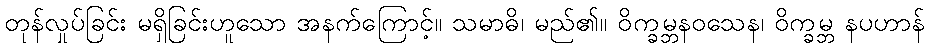
တုန်လှုပ်ခြင်း မရှိခြင်းဟူသော အနက်ကြောင့်။ သမာဓိ၊ မည်၏။ ဝိက္ခမ္ဘနဝသေန၊ ဝိက္ခမ္ဘ နပဟာန်